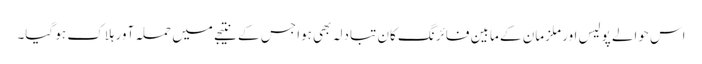
اس حوالے پولیس اور ملزمان کے مابین فائرنگ کان تبادلہ بھی ہوا جس کے نتیجے میں حملہ آور ہلاک ہو گیا۔